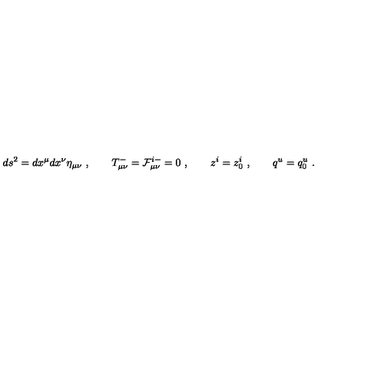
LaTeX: d s ^ { 2 } = d x ^ { \mu } d x ^ { \nu } \eta _ { \mu \nu } \ , \qquad T _ { \mu \nu } ^ { - } = { \cal F } _ { \mu \nu } ^ { i - } = 0 \ , \qquad z ^ { i } = z _ { 0 } ^ { i } \ , \qquad q ^ { u } = q _ { 0 } ^ { u } \ .